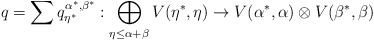
\begin{align*}q = \sum q_{\eta^*}^{\alpha^*, \beta^*} : \bigoplus_{\eta \leq \alpha + \beta} V(\eta^*, \eta) \to V(\alpha^*, \alpha) \otimes V(\beta^*, \beta)\\\end{align*}